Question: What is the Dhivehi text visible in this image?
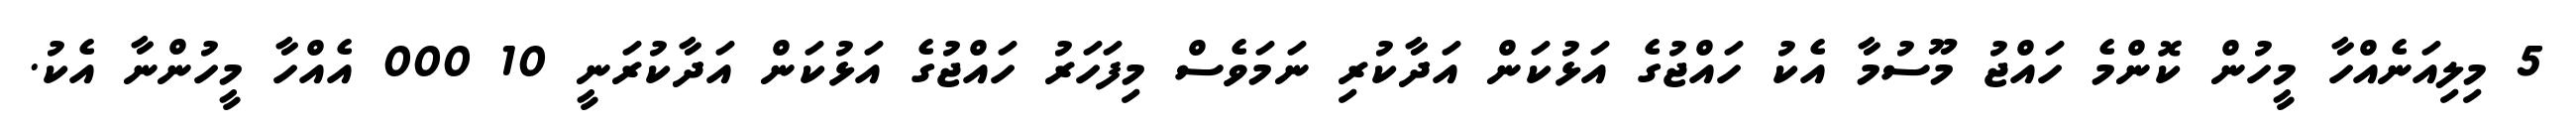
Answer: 5 މިލިއަނެއްހާ މީހުން ކޮންމެ ހައްޖު މޫސުމާ އެކު ހައްޖުގެ އަޅުކަން އަދާކުރި ނަމަވެސް މިފަހަރު ހައްޖުގެ އަޅުކަން އަދާކުރަނީ 10 000 އެއްހާ މީހުންނާ އެކު.